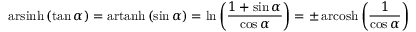
\operatorname { a r s i n h } \left( \tan \alpha \right) = \operatorname { a r t a n h } \left( \sin \alpha \right) = \ln \left( { \frac { 1 + \sin \alpha } { \cos \alpha } } \right) = \pm \operatorname { a r c o s h } \left( { \frac { 1 } { \cos \alpha } } \right)